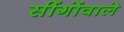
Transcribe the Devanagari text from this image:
सींगोंवाले